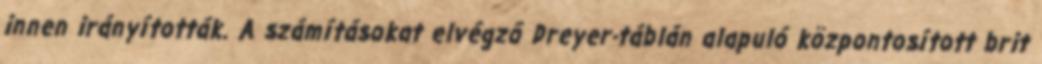
innen irányították. A számításokat elvégző Dreyer-táblán alapuló központosított brit